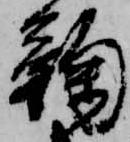
鞠